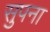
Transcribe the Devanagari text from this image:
सुपना